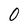
Character: 0